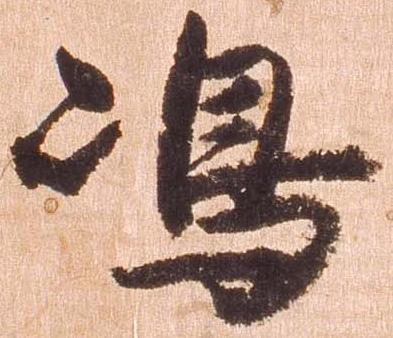
島